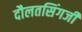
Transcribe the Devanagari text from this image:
दौलतसिंगजी